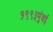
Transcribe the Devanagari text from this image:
१९९३मुंबई